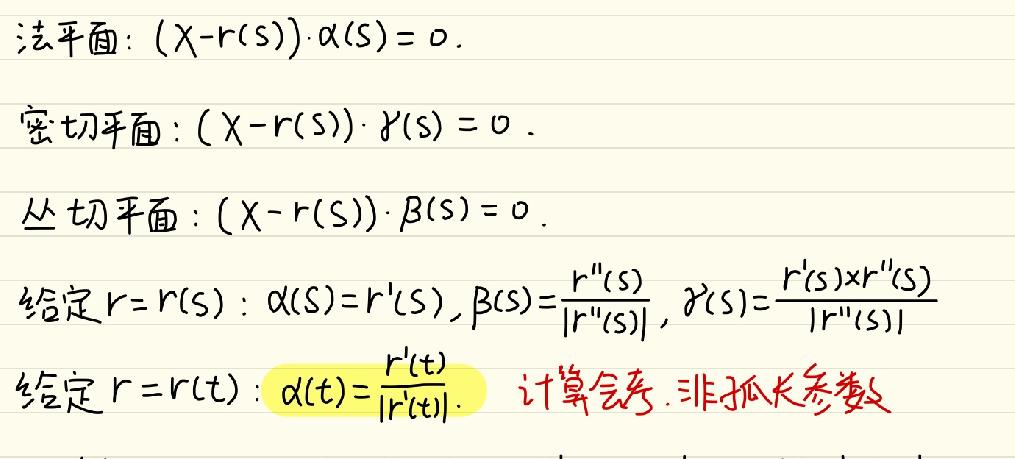
法平面: $(X - r(s))\cdot\alpha(s)=0$.
密切平面: $(X - r(s))\cdot\gamma(s)=0$.
丛切平面: $(X - r(s))\cdot\beta(s)=0$.
给定 $r = r(s): \alpha(s)=r'(s), \beta(s)=\frac{r''(s)}{|r''(s)|}, \gamma(s)=\frac{r'(s)\times r''(s)}{|r''(s)|}$
给定 $r = r(t): \alpha(t)=\frac{r'(t)}{|r'(t)|}$. 计算会考.非弧长参数